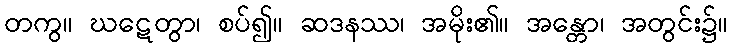
တကွ။ ဃဋေတွာ၊ စပ်၍။ ဆဒနဿ၊ အမိုး၏။ အန္တော၊ အတွင်း၌။